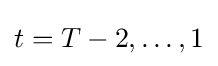
t=T-2,\dots ,1